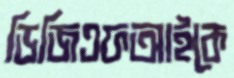
ডিজিএফআইকে